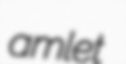
amlet